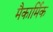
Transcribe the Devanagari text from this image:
मैकार्मिक